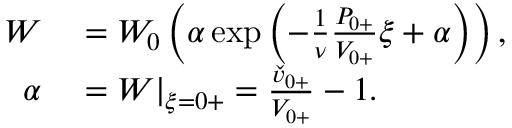
\begin{array} { r l } { W } & { { } = W _ { 0 } \left( \alpha \exp \left( - \frac { 1 } { \nu } \frac { { P } _ { 0 + } } { { V } _ { 0 + } } \xi + \alpha \right) \right) , } \\ { \alpha } & { { } = W | _ { \xi = 0 + } = \frac { \check { v } _ { 0 + } } { { V } _ { 0 + } } - 1 . } \end{array}